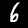
Label: 6